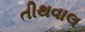
તીથવાલ